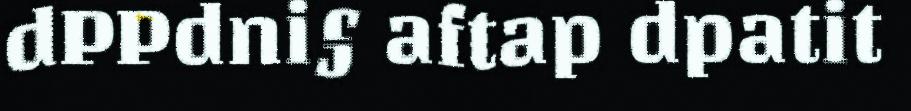
dPPdni§ aftap dpatit